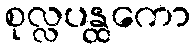
စုလ္လပန္ထကော